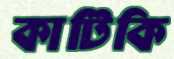
কাটিকি